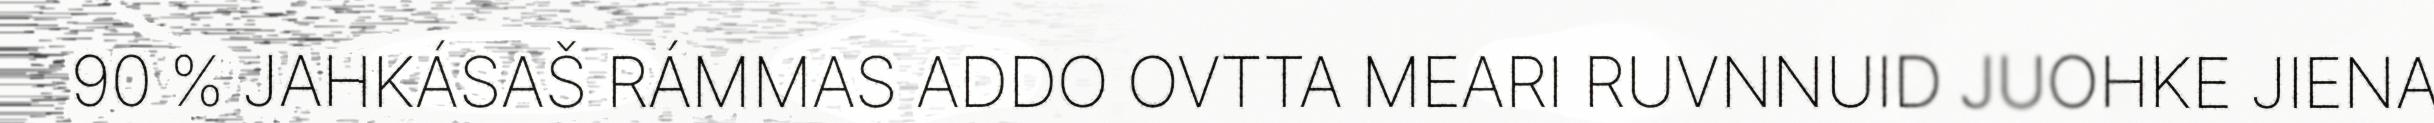
90 % JAHKÁSAŠ RÁMMAS ADDO OVTTA MEARI RUVNNUID JUOHKE JIENA